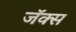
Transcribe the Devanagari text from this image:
जॅक्स